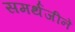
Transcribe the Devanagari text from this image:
समर्थजीनें